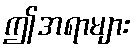
ဤအရာများ